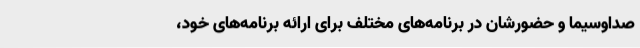
صداوسیما و حضورشان در برنامه‌های مختلف برای ارائه برنامه‌های خود،